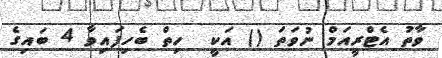
ވާތު އެޓްރީއަމް ނުވަތަ () އަކީ  ހިތް ބެހިފައިވާ 4 ބައިގެ